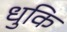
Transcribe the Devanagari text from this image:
धुकि